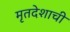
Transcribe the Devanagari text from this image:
मृतदेशाची